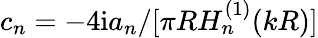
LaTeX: c_{n}=-4\mathrm{i}a_{n}/[\pi RH_{n}^{(1)}(kR)]